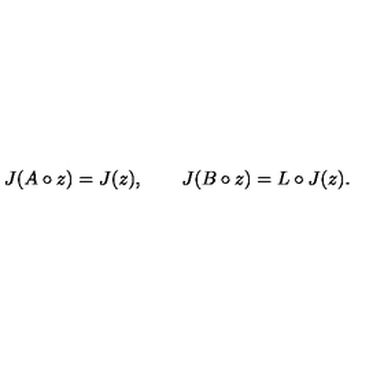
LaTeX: J ( A \circ z ) = J ( z ) , \qquad J ( B \circ z ) = L \circ J ( z ) .